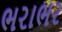
ભરાભર